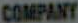
COMPANY